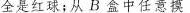
全是红球；从B盒中任意摸